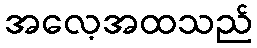
အလေ့အထသည်